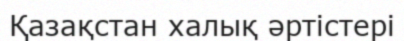
Қазақстан халық әртістері